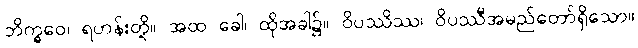
ဘိက္ခဝေ၊ ရဟန်းတို့။ အထ ခေါ၊ ထိုအခါ၌။ ဝိပဿိဿ၊ ဝိပဿီအမည်တော်ရှိသော။